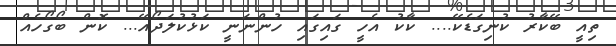
ތިއީ ބޭކާރު ކުނިގަޑެކޭ.... ކާކު އެހީ ގައިގައި ހުންނަނީ ކަޅުކުލަދޯއޭ... ކޮން ބޯގޯހެއް